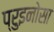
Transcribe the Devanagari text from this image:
प्रुइनोसा